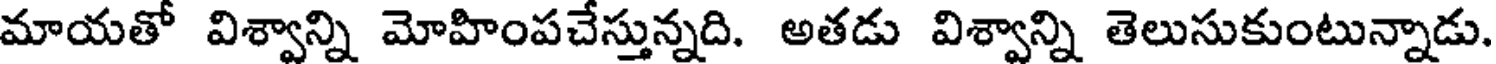
మాయతో విశ్వాన్ని మోహింపచేస్తున్నది. అతడు విశ్వాన్ని తెలుసుకుంటున్నాడు.